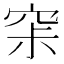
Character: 𰩊